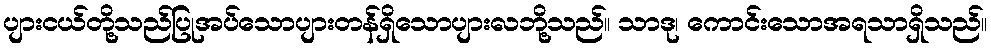
ပျားငယ်တို့သည်ပြုအပ်သောပျားတန်ရှိသောပျားလဘို့သည်။ သာဒု၊ ကောင်းသောအရသာရှိသည်။